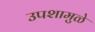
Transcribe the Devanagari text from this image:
उपशामुळे